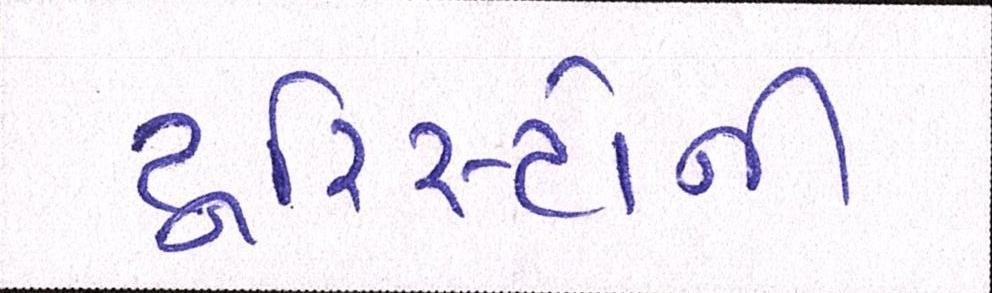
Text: ટૂરિસ્ટોની